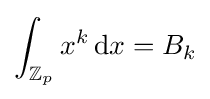
\int _{\mathbb {Z} _{p}}x^{k}\,{\rm {d}}x=B_{k}